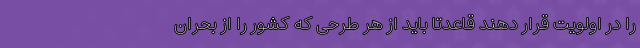
را در اولویت قرار دهند قاعدتا باید از هر طرحی که کشور را از بحران